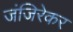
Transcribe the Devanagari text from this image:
जंजिरेकर